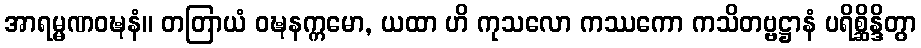
အာရမ္မဏဝဍ္ဎနံ။ တတြာယံ ဝဍ္ဎနက္ကမော, ယထာ ဟိ ကုသလော ကဿကော ကသိတဗ္ဗဋ္ဌာနံ ပရိစ္ဆိန္ဒိတွာ